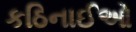
કઠિનાઈઓ